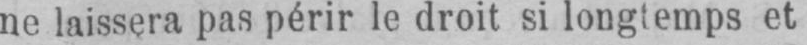
ne laissera pas périr le droit si longtemps et